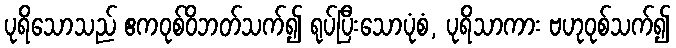
ပုရိသောသည် ဧကဝုစ်ဝိဘတ်သက်၍ ရုပ်ပြီးသောပုံစံ, ပုရိသာကား ဗဟုဝုစ်သက်၍